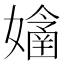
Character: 𡣊